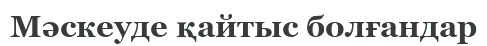
Мәскеуде қайтыс болғандар